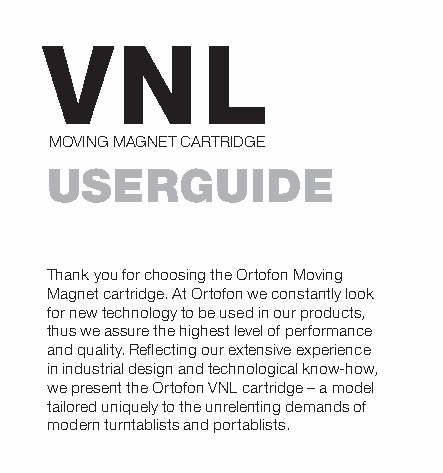
MOVING MAGNET CARTRIDGE
 USERGUIDE
 Get more information about
 Ortofon DJ cartridges
 Thank you for choosing the Ortofon Moving
 Magnet cartridge. At Ortofon we constantly look
 for new technology to be used in our products,
 thus we assure the highest level of performance
 and quality. Refl ecting our extensive experience
 in industrial design and technological know-how,
 we present the Ortofon VNL cartridge – a model
 tailored uniquely to the unrelenting demands of
 modern turntablists and portablists.
 EDIUGRESU
 moc.nofotro.www
 EGDIRTRAC TENGAM GNIVOM kd.nofotro@troppus
 kramneD
 vokskaN 0094-KD
 9 jevregnavatS
 S/A nofotrO
 04-21/5-800161-12